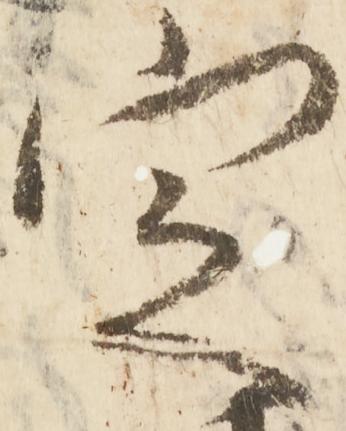
定